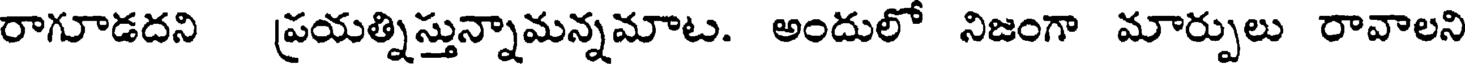
రాగూడదని ప్రయత్నిస్తున్నామన్నమాట. అందులో నిజంగా మార్పులు రావాలని